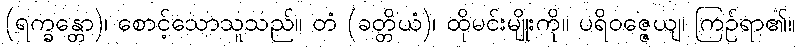
(ရက္ခန္တော)၊ စောင့်သောသူသည်။ တံ (ခတ္တိယံ)၊ ထိုမင်းမျိုးကို။ ပရိဝဇ္ဇေယျ၊ ကြဉ်ရာ၏။